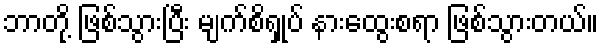
ဘာတို့ ဖြစ်သွားပြီး မျက်စိရှုပ် နားထွေးစရာ ဖြစ်သွားတယ်။